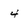
Character: 4